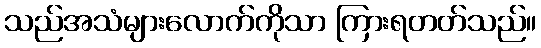
သည်အသံများလောက်ကိုသာ ကြားရတတ်သည်။